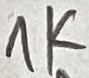
Text: 1K